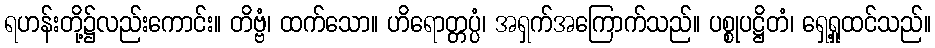
ရဟန်းတို့၌လည်းကောင်း။ တိဗ္ဗံ၊ ထက်သော။ ဟိရောတ္တပ္ပံ၊ အရှက်အကြောက်သည်။ ပစ္စုပဋ္ဌိတံ၊ ရှေ့ရှုထင်သည်။